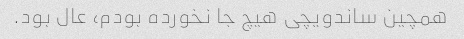
همچین ساندویچی هیچ جا نخورده بودم، عال بود.